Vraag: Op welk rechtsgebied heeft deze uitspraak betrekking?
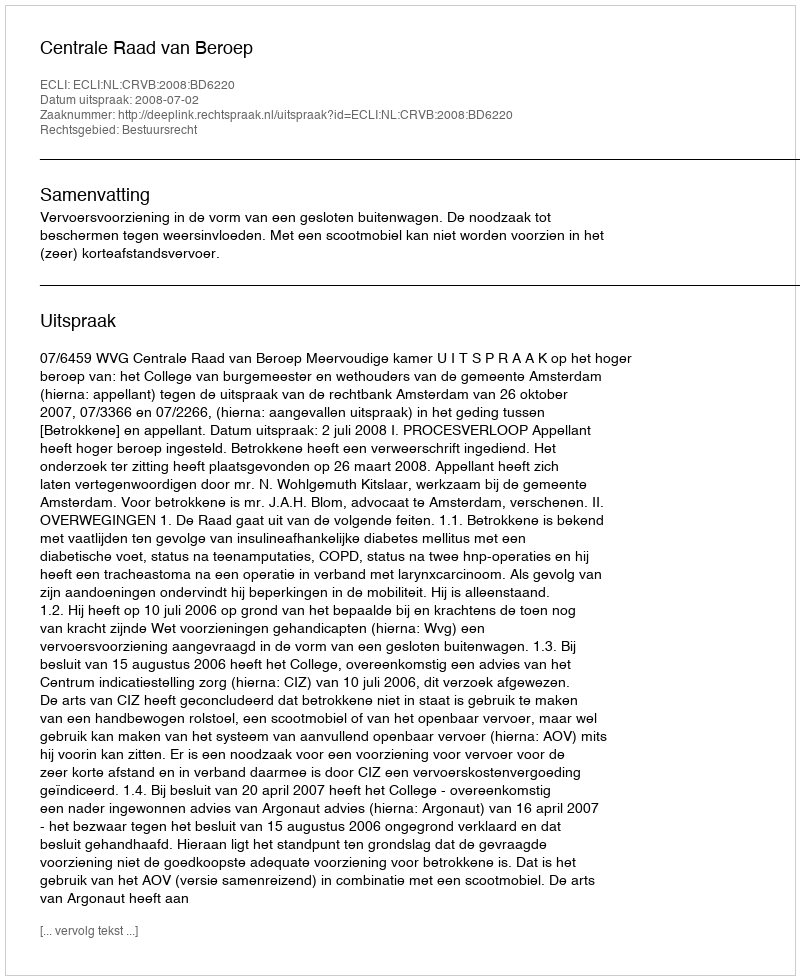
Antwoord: Bestuursrecht